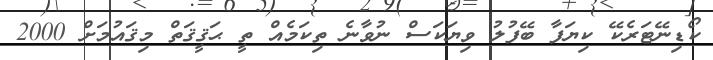
ކޯޑިނޭޓަރެކޭ ކިޔަފާ ބޭފުލު ވިޔަކަސް ނުވާނެ ތިކަމެއް ތީ ޙަޤީޤަތް މިޤައުމަށް 2000